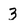
Character: 3